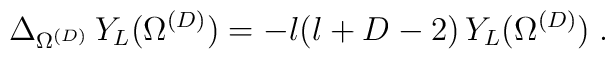
\Delta_{\Omega^{({D})}}\,Y_{L} (\Omega^{({D})})= -l (l + D - 2) \,Y_{L} (\Omega^{({D})})\; .